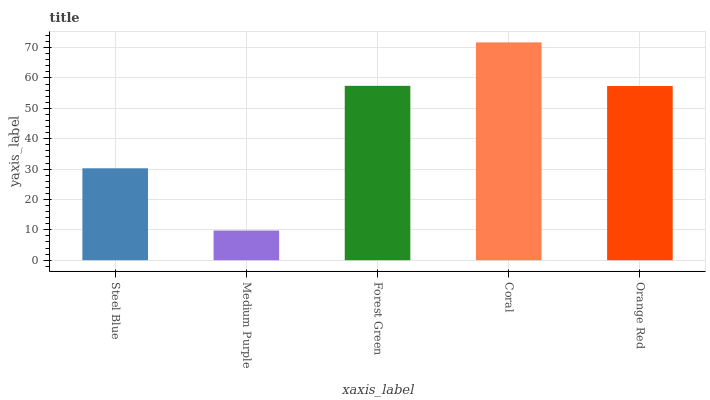
| xaxis_label | bars |
 | --- | --- |
 | Steel Blue | 30.3 |
 | Medium Purple | 9.77 |
 | Forest Green | 57.4 |
 | Coral | 71.7 |
 | Orange Red | 57.3 |